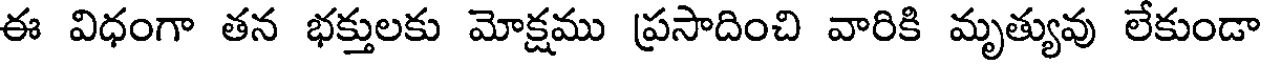
ఈ విధంగా తన భక్తులకు మోక్షము ప్రసాదించి వారికి మృత్యువు లేకుండా